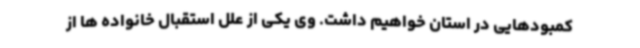
کمبودهایی در استان خواهیم داشت. وی یکی از علل استقبال خانواده ها از